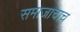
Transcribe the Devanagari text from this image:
समाजाचाच